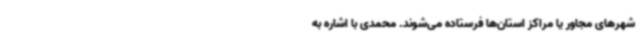
شهرهای مجاور یا مراکز استان‌ها فرستاده می‌شوند. محمدی با اشاره به